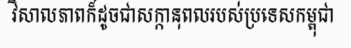
វិសាលភាពក៏ដូចជាសក្កានុពលរបស់ប្រទេសកម្ពុជា